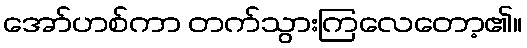
အော်ဟစ်ကာ တက်သွားကြလေတော့၏။